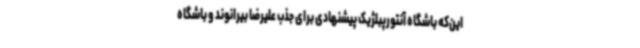
این‌که باشگاه آنتورپبلژیک پیشنهادی برای جذب علیرضا بیرانوند و باشگاه